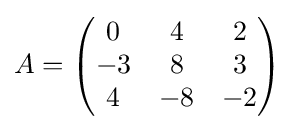
A={\begin{pmatrix}0&4&2\\-3&8&3\\4&-8&-2\end{pmatrix}}